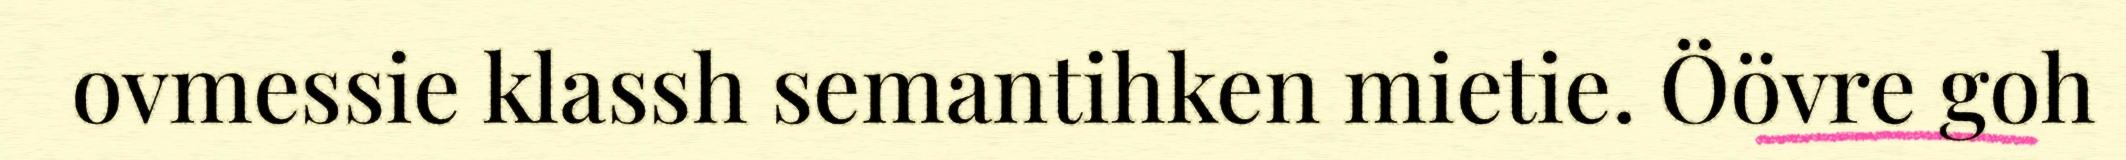
ovmessie klassh semantihken mietie. Öövre goh